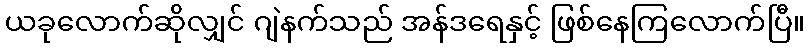
ယခုလောက်ဆိုလျှင် ဂျဲနက်သည် အန်ဒရေနှင့် ဖြစ်နေကြလောက်ပြီ။